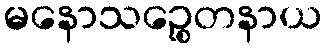
မနောသဉ္စေတနာယ